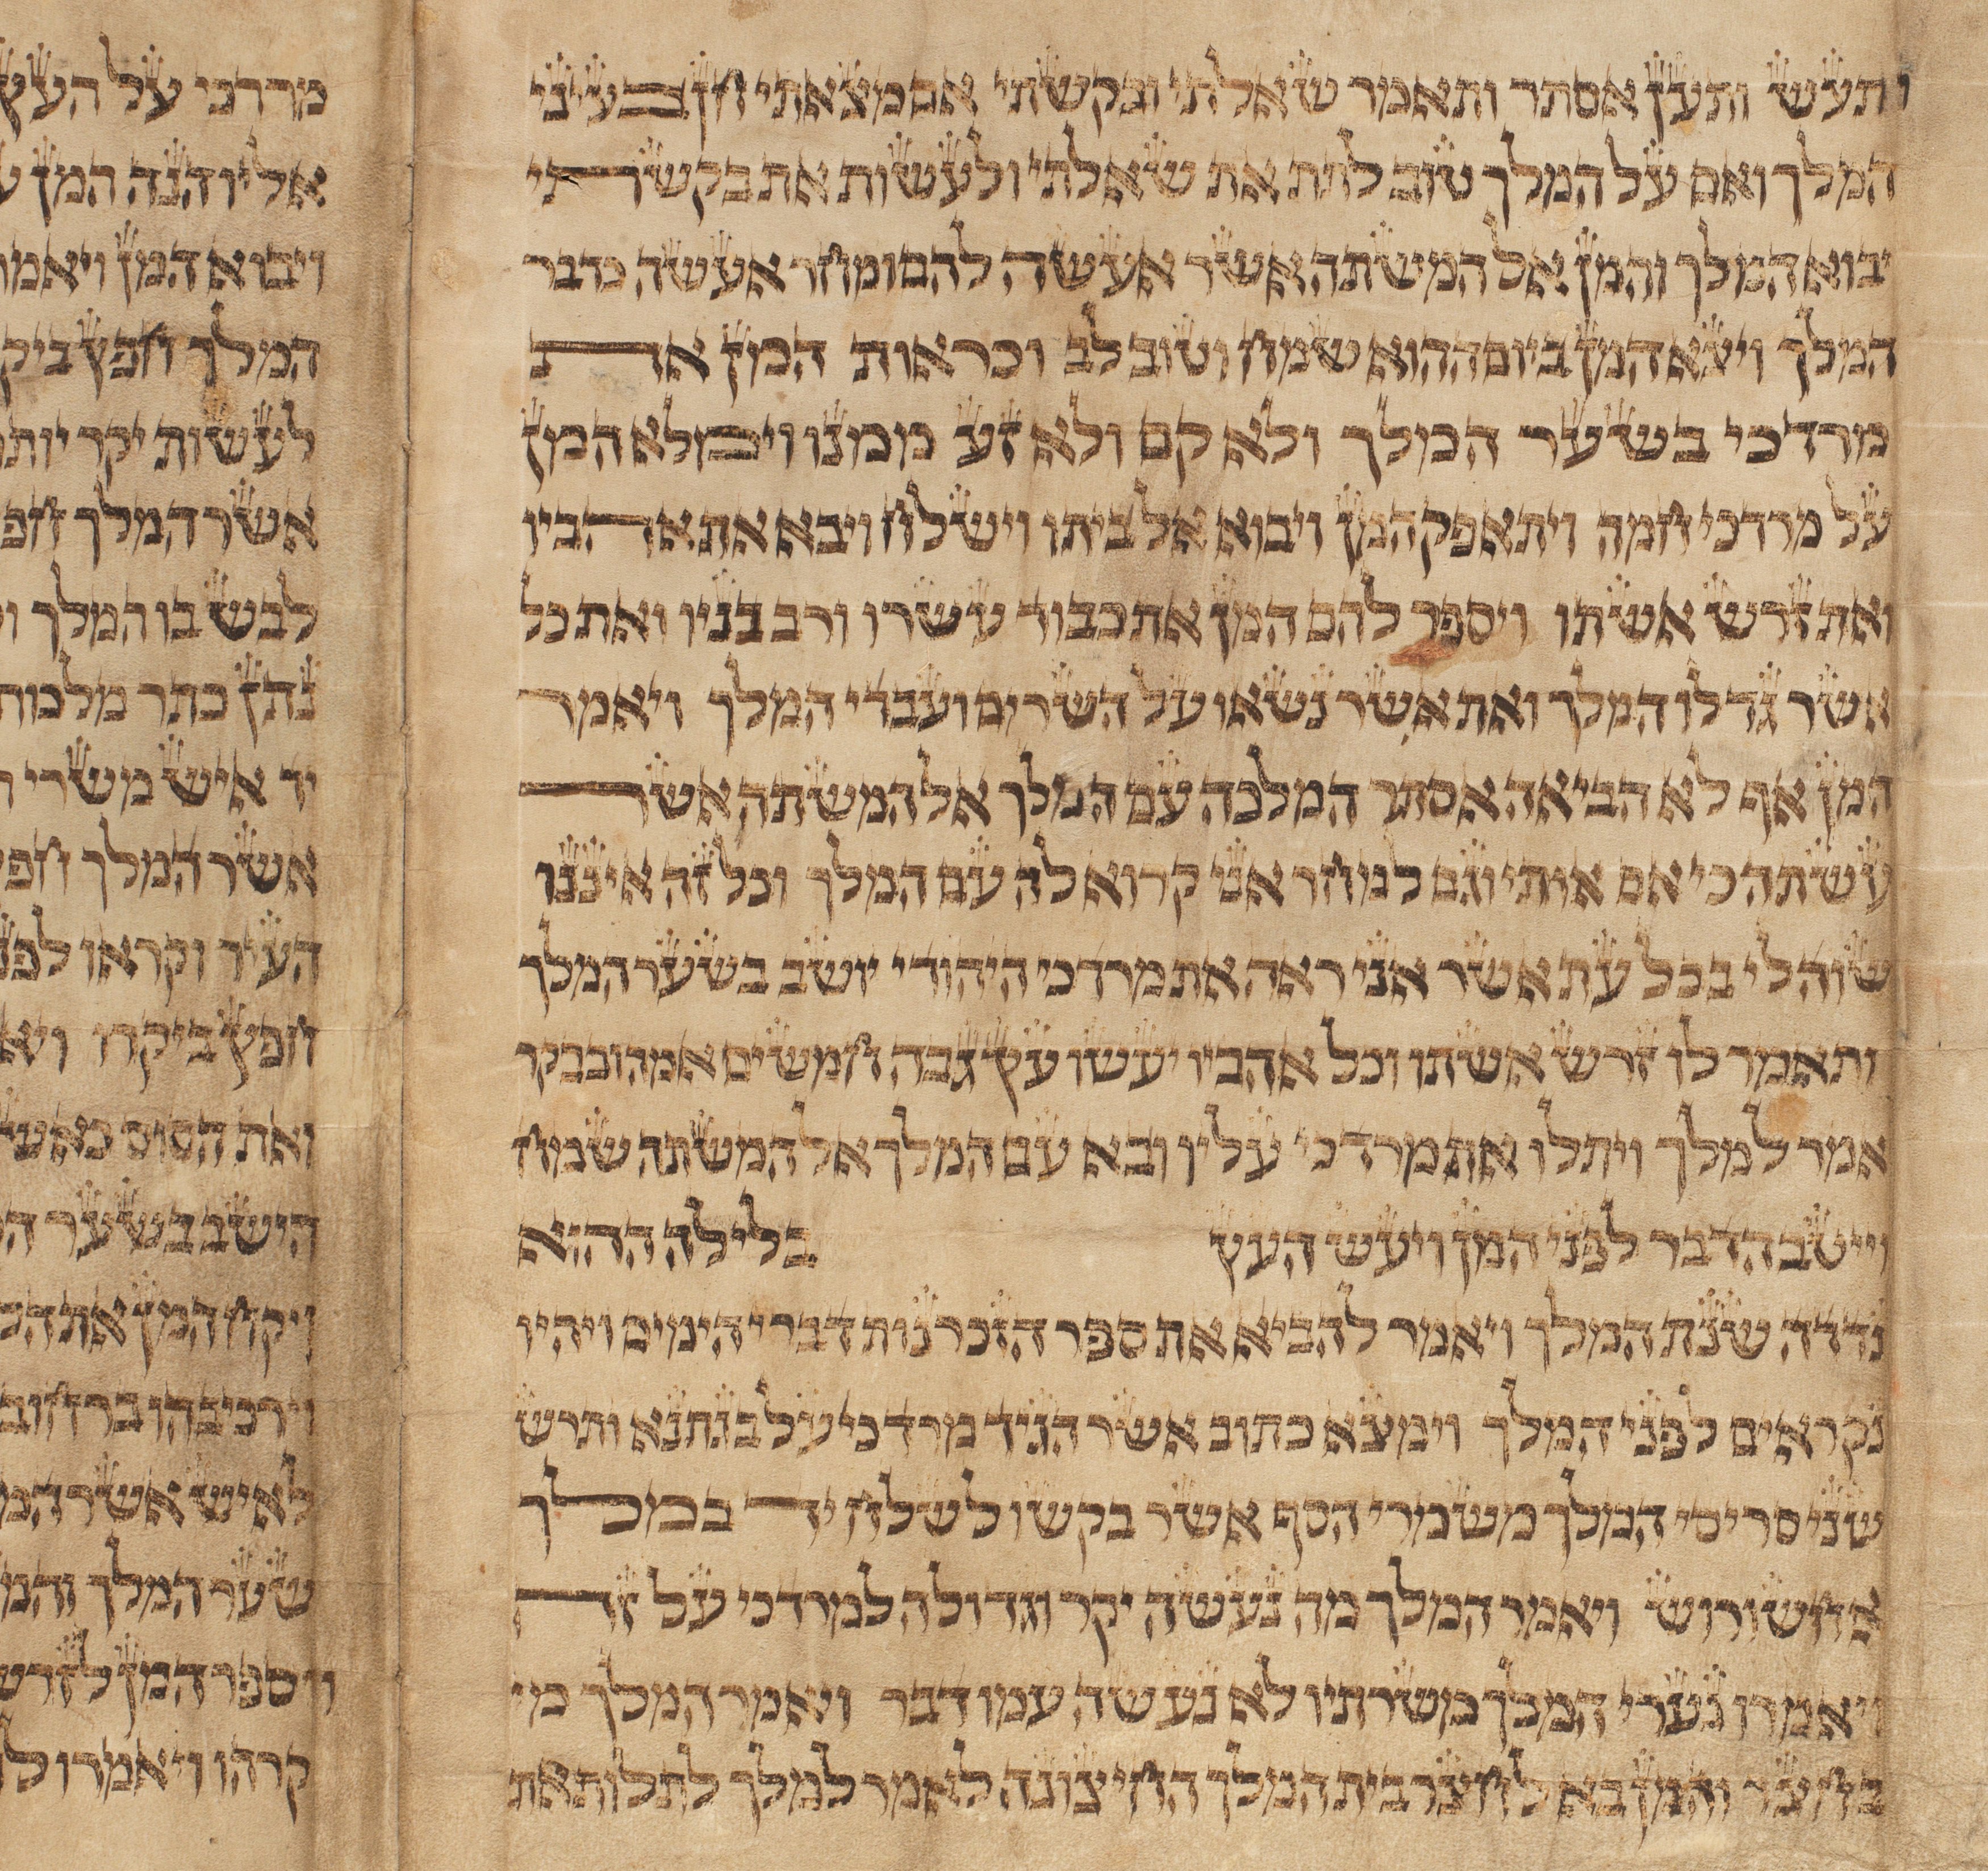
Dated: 1500–1515